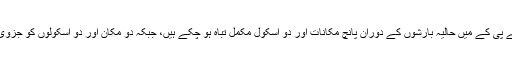
واضح رہے کہ کے پی کے میں حالیہ بارشوں کے دوران پانچ مکانات اور دو اسکول مکمل تباہ ہو چکے ہیں، جبکہ دو مکان اور دو اسکولوں کو جزوی نقصان پہنچا ہے۔